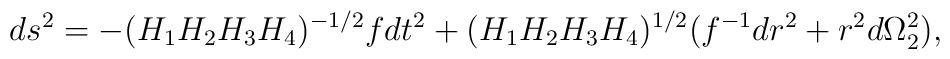
ds^2 = -(H_1H_2H_3H_4)^{-1/2} fdt^2 +(H_1H_2H_3H_4)^{1/2}(f^{-1}dr^2   +r^2 d\Omega_2^2),